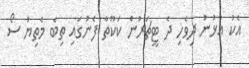
އެކު އުޅުނު ދިވެހި ދެ ޓީޗަރުން ކަކޫތާ ފެނުގައި ތިބެ މެތިޔު ސޯ